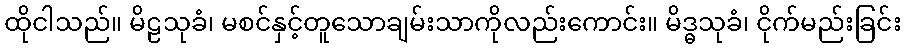
ထိုငါသည်။ မိဠသုခံ၊ မစင်နှင့်တူသောချမ်းသာကိုလည်းကောင်း။ မိဒ္ဓသုခံ၊ ငိုက်မည်းခြင်း